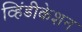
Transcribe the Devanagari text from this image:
व्हिंडीकेशन